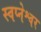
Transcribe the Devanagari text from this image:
स्वप्नेश्वर